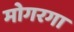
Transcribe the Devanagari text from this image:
मोगरगा